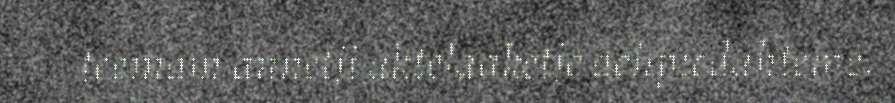
teemam ånnetji aktelaaketje åehpiedahteme.